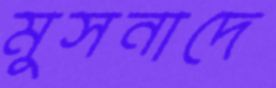
মুসনাদে